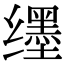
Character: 𬙊